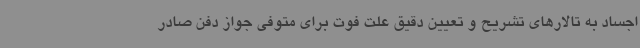
اجساد به تالارهای تشریح و تعیین دقیق علت فوت برای متوفی جواز دفن صادر